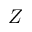
Z